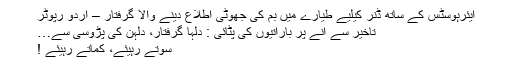
ایئرہوسٹس کے ساتھ ڈنر کیلیے طیارے میں بم کی جھوٹی اطلاع دینے والا گرفتار – اردو رپوٹر
تاخیر سے آنے پر باراتیوں کی پٹائی : دلہا گرفتار، دلہن کی پڑوسی سے…
سوتے رہیئے، کماتے رہیئے !